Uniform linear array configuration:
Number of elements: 8
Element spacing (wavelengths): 0.5
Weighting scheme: hann
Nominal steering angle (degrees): -30
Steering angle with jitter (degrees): -31.01
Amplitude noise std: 0.05
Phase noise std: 0.05

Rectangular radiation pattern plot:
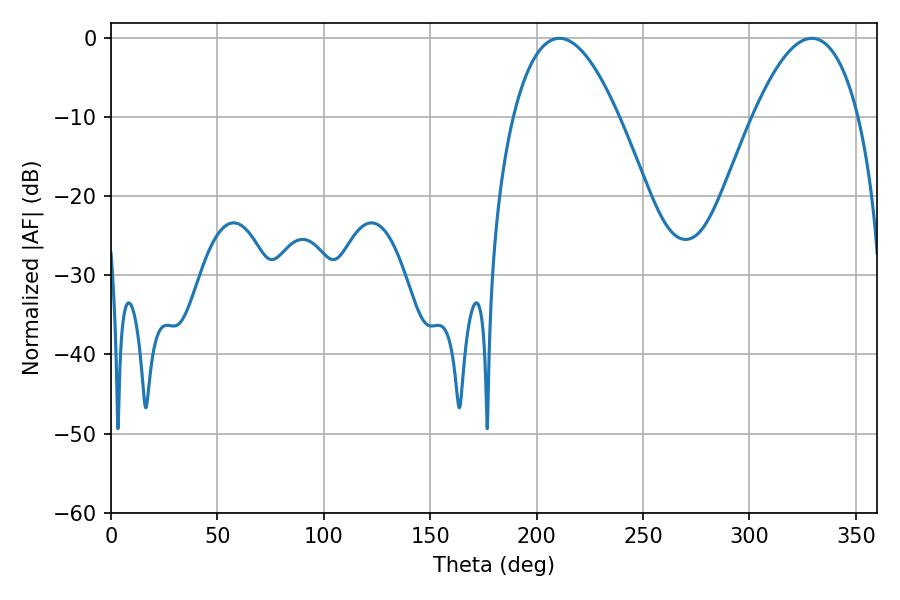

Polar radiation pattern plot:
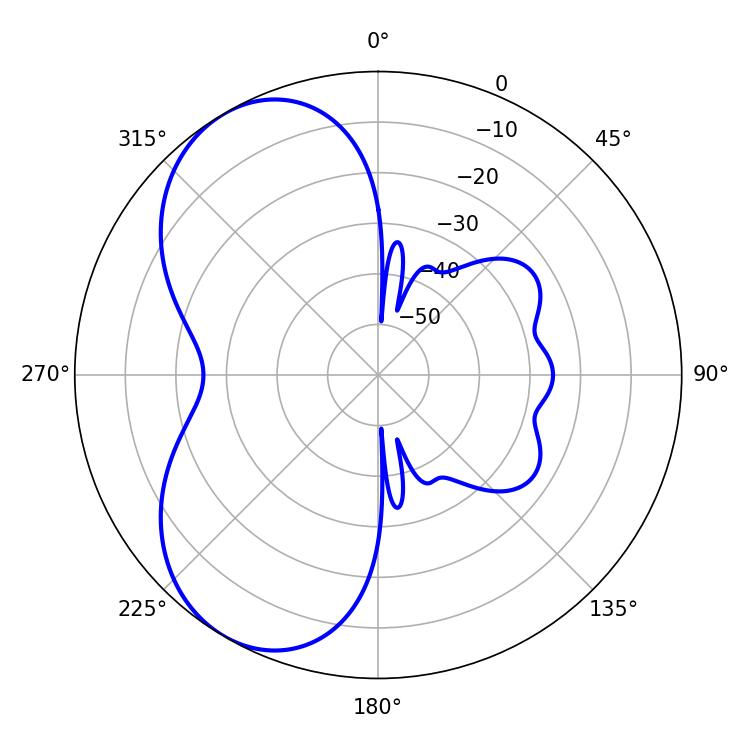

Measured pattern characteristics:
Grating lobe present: FALSE
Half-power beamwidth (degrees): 27.36
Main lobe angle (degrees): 210.78